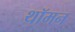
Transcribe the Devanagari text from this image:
थॉमन